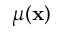
\mu ( { \bf x } )